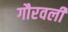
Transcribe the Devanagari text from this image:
गौरवली